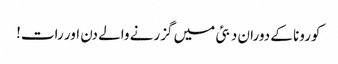
کورونا کے دوران دبئی میں گزرنے والے دن اور رات!